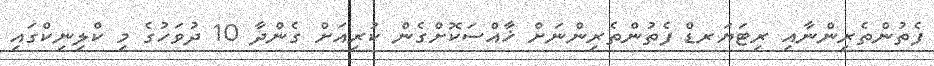
ފެތުންތެރިންނާއި ރިޓަޔަރޑް ފެތުންތެރިންނަށް ޚާއްސަކޮށްގެން ކުރިއަށް ގެންދާ 10 ދުވަހުގެ މި ކްލިނިކްގައި